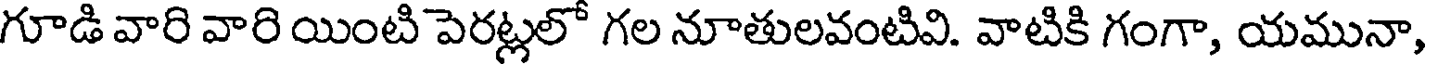
గూడి వారి వారి యింటి పెరట్లలో గల నూతులవంటివి. వాటికి గంగా, యమునా,